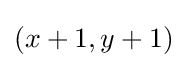
\textstyle (x+1,y+1)